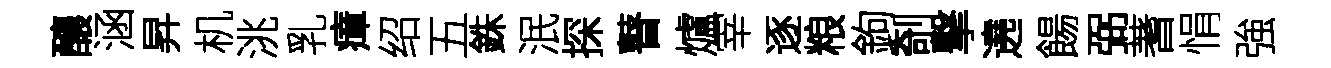
釀涵昇机洮乳瘴绍五銖泯探瞽爐宰逐粮鉤剞撃遶餳弼蓍悁強